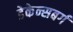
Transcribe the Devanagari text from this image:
डेकेन्सबर्ग